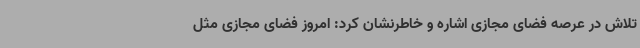
تلاش در عرصه فضای مجازی اشاره و خاطرنشان کرد: امروز فضای مجازی مثل